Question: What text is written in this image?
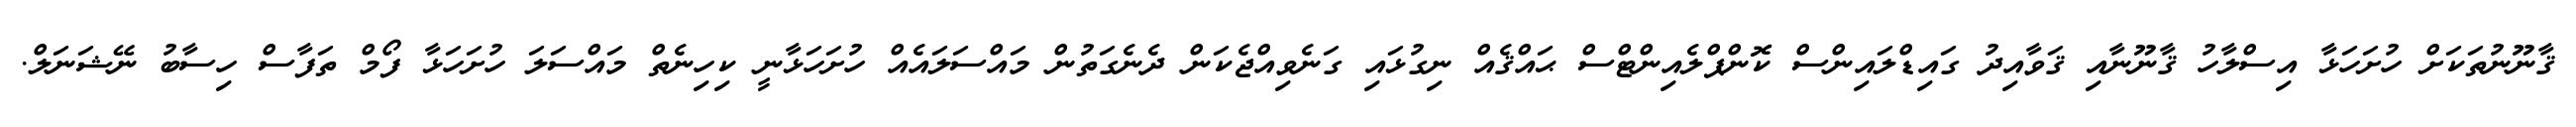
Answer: ޤާނޫނުތަކަށް ހުށަހަޅާ އިސްލާހު ޤާނޫނާއި ޤަވާއިދު ގައިޑްލައިންސް ކޮންޕްލެއިންޓްސް ޙައްޤެއް ނިގުޅައި ގަނެވިއްޖެކަން ދެނެގަތުން މައްސަލައެއް ހުށަހަޅާނީ ކިހިނެތް މައްސަލަ ހުށަހަޅާ ފޯމް ތަފާސް ހިސާބު ނޭޝަނަލް.